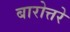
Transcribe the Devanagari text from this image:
बारोत्तरे